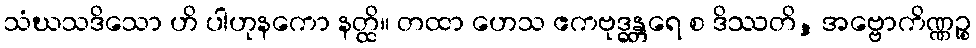
သံဃသဒိသော ဟိ ပါဟုနကော နတ္ထိ။ တထာ ဟေသ ဧကဗုဒ္ဓန္တရေ စ ဒိဿတိ, အဗ္ဗောကိဏ္ဏဉ္စ